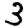
Digit: 3